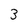
Character: 3